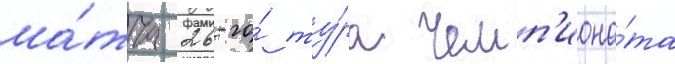
ма́тча 26-го́ ту́ра чемп'иона́та